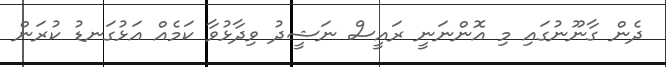
ދެން ގާނޫނުގައި މި އޮންނަނީ ރައީސް ނަޝީދު ވިދާޅުވާ ކަމެއް އަޅުގަނޑު ކުރަން